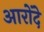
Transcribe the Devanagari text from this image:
आरोंदे